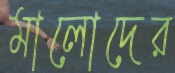
মালোদের